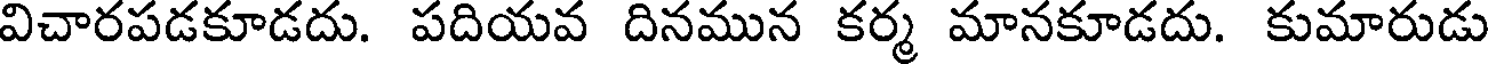
విచారపడకూడదు. పదియవ దినమున కర్మ మానకూడదు. కుమారుడు